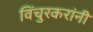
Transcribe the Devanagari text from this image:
विंचुरकरांनी